Leaving Certificate, 1900
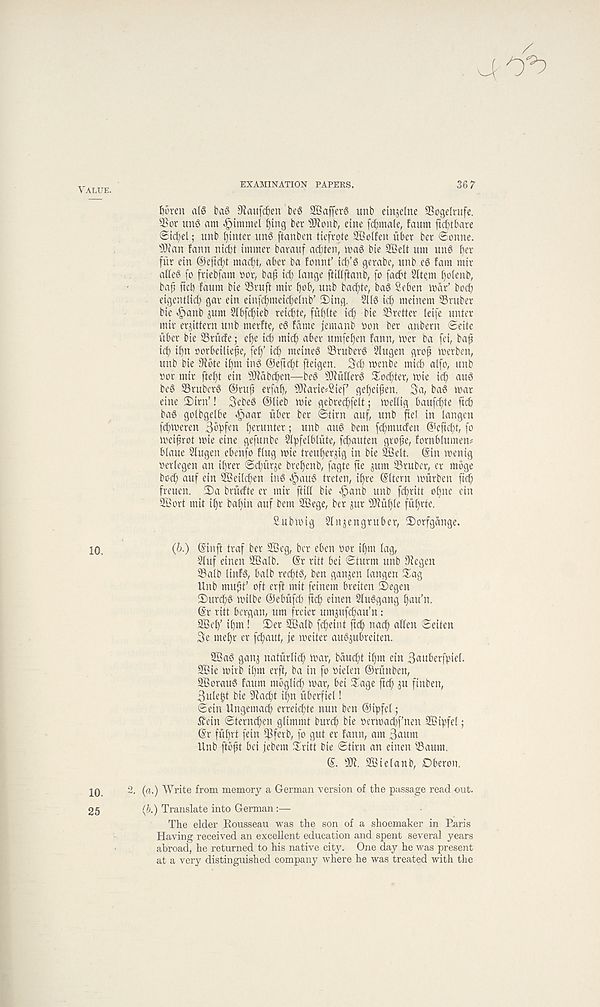
Value.
EXAMINATION PAPERS.
36 7
•J
t)5ren a(6 ba6 ^aufc^en beg SBafferg imb etnjelne SSogelrufe.
$or ung am
£)tng ber s 3Konb, etne female, faum ftcbtbare
©ic^el; itnb t)inter img ftanben tiefrote SBolfen iiber ber Sonne.
s )J?an fann nicbt immet barauf ac^ten, mag bie 2BeIt um ung t)er
fur etn (*ieftd)t macfit, aber ba tonnf icb’g gerabe, unb eg fain mir
aiffeg fo friebfam oor, ba.^ id; lange ftiflffanb, fo facbt Sfte.m ^olenb,
ba^ ftcb faum bte 33ruff mtr bab, unb ba<f)te, bag Seben mar’ bod;
eigentlid; gar ein einfd)metcl;e^nb , 2)ing. 2l(g icf) metnem ©ruber
bte *£>anb ^um Slbft^teb reicbte, fuf)Ue bte ©retter leife unter
mtr erjittern unb merfte, eg fame femanb oon ber anbern Seife
fiber bte ©rude; d)e tcb mid^ aber umfef)en fann, mer ba fei, bafj
tcb tf)n oorbetlie^e, fef)’ tdb metneg ©ruberg Slugen grofj merben,
unb bte 9fote tf)m tng ®eftcf)t ffeigen. Scfi roenbe mtcb alfo, unb
oor mtr ftef)t ein s )Jiabcf)en—beg s 3Rullerg Softer, mie ic^ aug
beg ©ruberg @ruf erfaf), SSttarie^ief gef)eifien. 3a, bag mar
eine 2)trn’! 3ebeg @lieb mie gebred;felt; meltig baufc^te ftt^
bag goibgelbe <§aar fiber ber Stirn auf, unb jle! in iangen
[d;meren 3^fen f)erunter; unb aug bem fd)muden @efid;t, fo
meijirot mie eine gefunbe Sipfelblfite, fdjiauten gro^e, fornbiumen#
biaue 2lugen ebenfo Hug mie treuf)er$ig in bie SBelt. @in menig
oeriegen an if;rer Sd;firje brefjenb, fagte fte jum ©ruber, er mbg' e
bod; auf ein 98eild;en ing ^aug treten, if)re ©item mfirben fief;
freuen. 2)a brfidte er mir ftiH bie ^anb unb fcf)ritt of)ne ein
SSort mit if)r bafjin auf bem 2Bege, ber ^ur s 2Rfi§(e ffif)rte.
Submig 2Iitj$engruber, 2)orfgange.
10,
(b.) (Siuft traf ber 2Beg, ber eben oor i§m lag,
Siuf einen ©Salb. (Sr ritt bei Sturm unb 9tegen
©alb linfg, balb recfitg, ben ganjen langen 2ag
Unb mufit’ oft erft mit feinem breiten 3)egen
2)ur(f)g milbe ©ebfifd; ftc^ einen Stuggang f)au’n.
(Sr ritt bergan, um freier umjtift^au’n:
©Self i()m! 2)er 2Ba(b fc^eint ftdfi nacf; alien Seiten
3e tnef)r er ft^aut, fe meiter augjubreiten.
SBag gan^ natfirlid; mar, bauc^t if)m ein Bauberfpiel.
9Bie mirb il)tn erft, ba in fo oielen ©rfinben,
2Boraug faum moglic^ mar, bei 2age ftc^ ju finben,
3ule§t bie 9iad;t i§n fiberfiel!
Sein Ungemad; erreicf)te nun ben ©tpfel;
£ein Sterncfien glimmt burd; bie oermad;fnen SBi^fel;
(Sr ffif)rt fein $ferb, fo gut er fann, am 3aum
llnb ftbft bei febem 2ritt bie Stint an einen ©aunt.
d. Wt. ©Bielanb, Dberon.
10. 2. (a.) Write from memory a German version of the passage read out.
25
(b.) Translate into German:—
The elder Rousseau was the son of a shoemaker in Paris
Having received an excellent education and spent several years
abroad, he returned to his native city. One day he was present
at a very distinguished company where he was treated with the